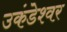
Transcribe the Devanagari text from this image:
उकंडेश्वर